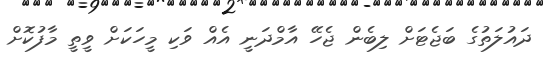
ދައުލަތުގެ ބަޖެޓަށް ލިބެން ޖެހޭ އާމްދަނީ އެއް ވަކި މީހަކަށް ވީތީ މާފުކޮށް